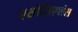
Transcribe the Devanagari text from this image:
एसोसिएशंस